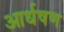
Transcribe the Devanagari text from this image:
आर्धषण